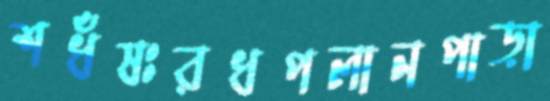
শধঁষঃরধপলানপাড়া